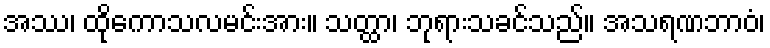
အဿ၊ ထိုကောသလမင်းအား။ သတ္ထာ၊ ဘုရားသခင်သည်။ အသရဏဘာဝံ၊